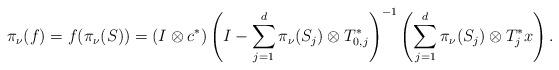
LaTeX: \begin{align*}\pi_{\nu}(f) = f(\pi_{\nu}(S)) =(I \otimes c^*)\left(I - \sum_{j=1}^d \pi_{\nu}(S_j) \otimes T_{0,j}^*\right)^{-1} \left(\sum_{j=1}^d \pi_{\nu}(S_j) \otimes T_j^* x\right).\end{align*}